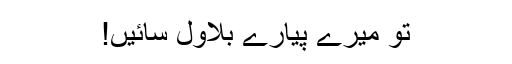
تو میرے پیارے بلاول سائیں!